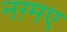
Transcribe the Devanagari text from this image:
नग़्मए